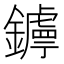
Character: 𨮣